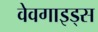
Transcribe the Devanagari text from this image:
वेवगाइड्स